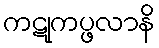
ကဋုကပ္ဖလာနိ